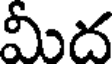
మీద